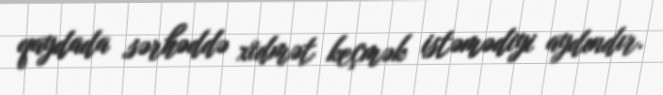
qaydada sərhəddə xidmət keçmək istəmədiyi aydındır.